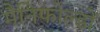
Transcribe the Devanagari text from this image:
मैनिफोल्डों